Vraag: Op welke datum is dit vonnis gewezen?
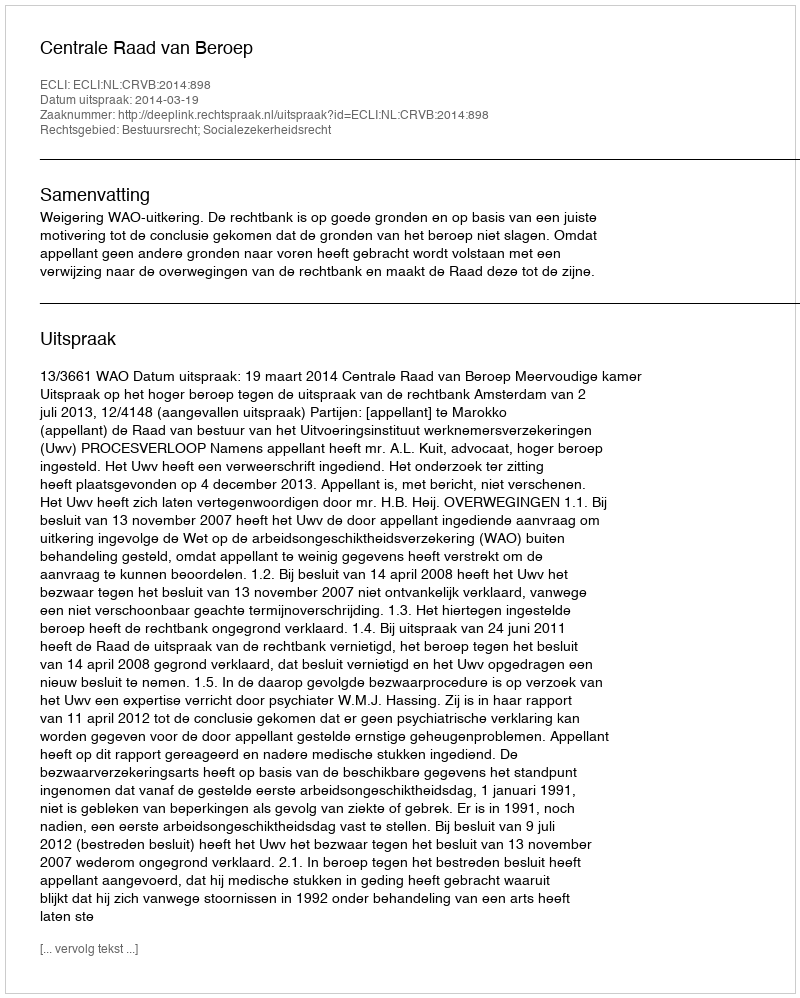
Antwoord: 2014-03-19